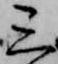
三